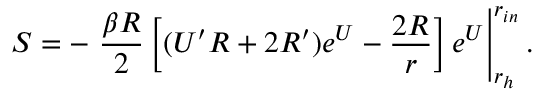
S = - \left. { \frac { \beta R } { 2 } } \left[ ( U ^ { \prime } R + 2 R ^ { \prime } ) e ^ { U } - { \frac { 2 R } { r } } \right] e ^ { U } \right| _ { r _ { h } } ^ { r _ { i n } } .